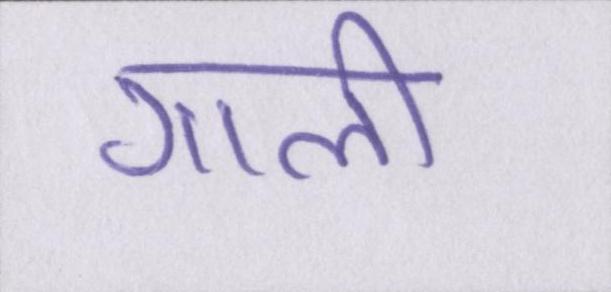
गाली